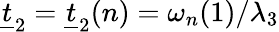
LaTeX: \underline{{t}}_{2}=\underline{{t}}_{2}(n)=\omega_{n}(1)/\lambda_{3}